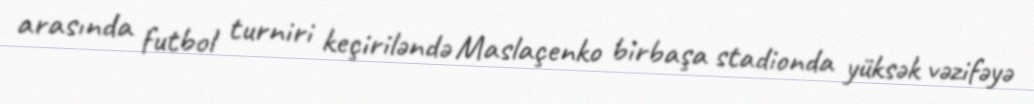
arasında futbol turniri keçiriləndə Maslaçenko birbaşa stadionda yüksək vəzifəyə